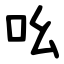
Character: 吆